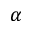
\alpha